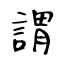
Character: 謂